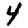
Digit: 4